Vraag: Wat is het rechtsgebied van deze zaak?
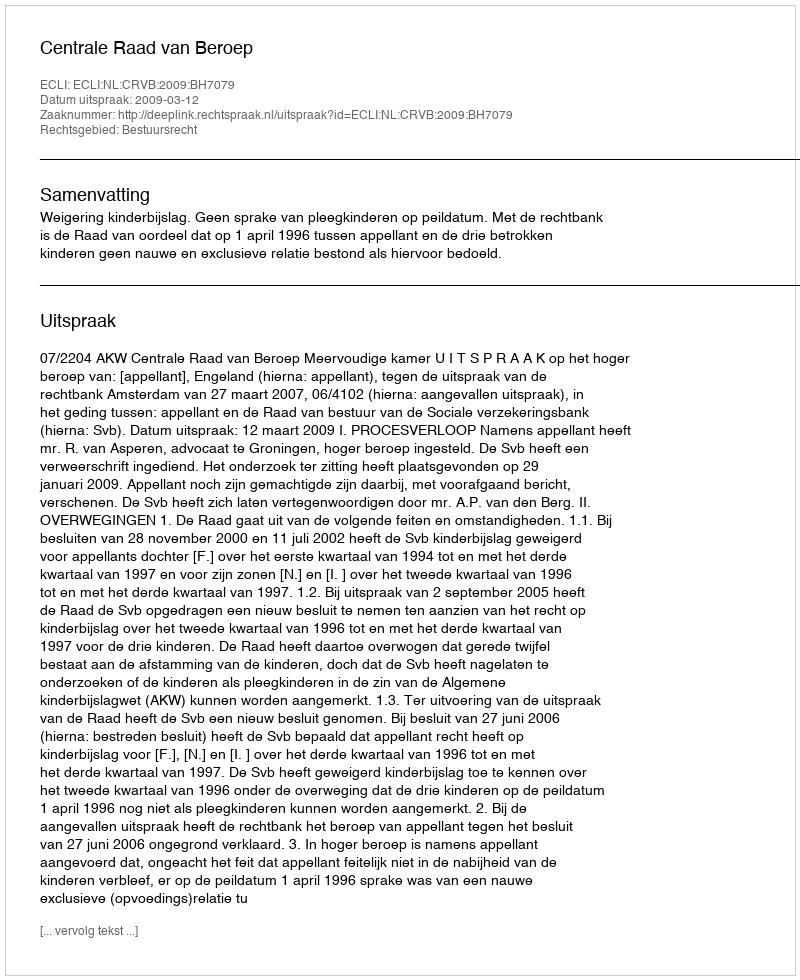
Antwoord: Bestuursrecht